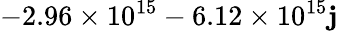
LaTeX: -2.96\times10^{15}-6.12\times10^{15}\mathbf{j}